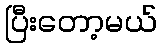
ပြီးတော့မယ်